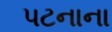
પટનાના